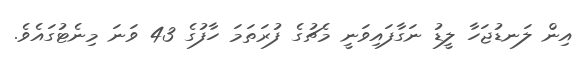
އިން ލަނޑުޖަހާ ލީޑު ނަގާފައިވަނީ މެޗުގެ ފުރަތަމަ ހާފުގެ 43 ވަނަ މިނެޓުގައެވެ.